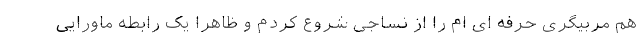
هم مربیگری حرفه ای ام را از نساجی شروع کردم و ظاهرا یک رابطه ماورایی